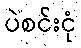
ပဲစင်းငုံ